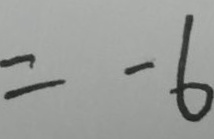
= - 6